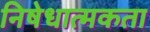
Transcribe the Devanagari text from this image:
निषेधात्मकता